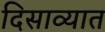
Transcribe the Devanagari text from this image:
दिसाव्यात